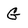
Character: G